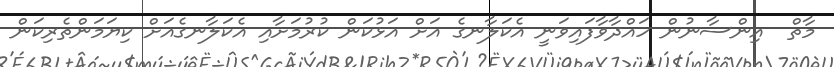
މާތް  އިންސާނުން ހައްދާވާފައިވަނީ އެކަލާނގެ އަށް އަޅުކަން ކުރުމަށާއި އެކަލާނގެއަށް ކިޔަމަންތެރިކަން